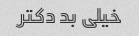
خیلی بد دکتر